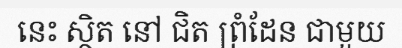
នេះ ស្ថិត នៅ ជិត ព្រំដែន ជាមួយ